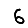
Digit: 6